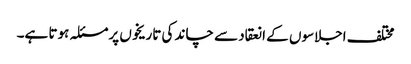
مختلف اجلاسوں کے انعقاد سے چاند کی تاریخوں پرمسئلہ ہوتا ہے۔